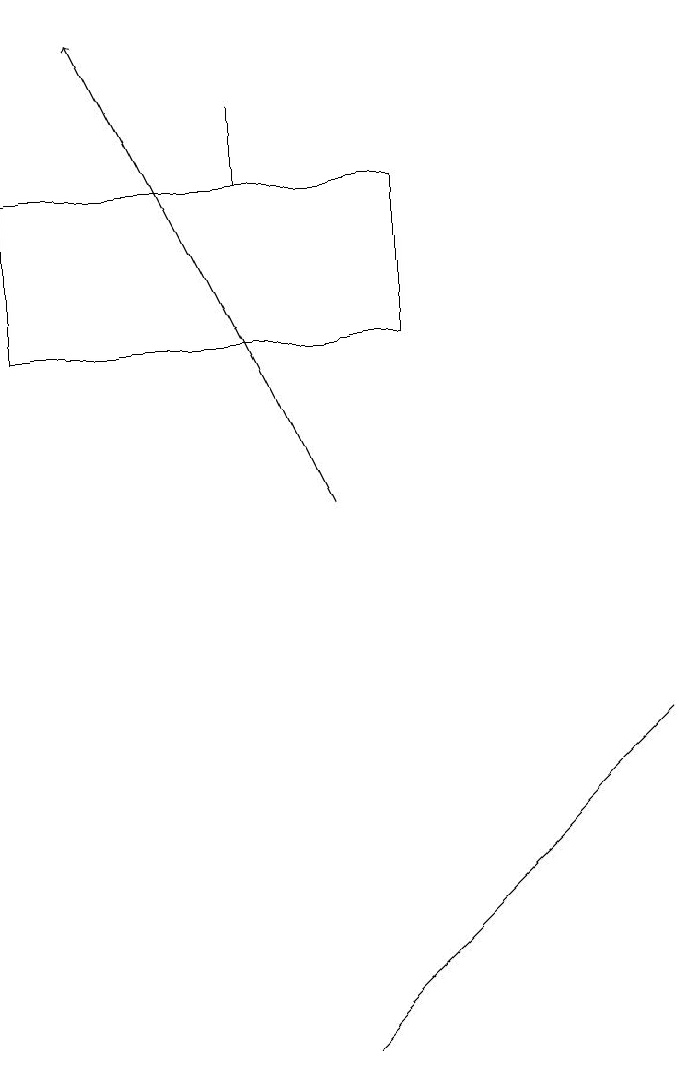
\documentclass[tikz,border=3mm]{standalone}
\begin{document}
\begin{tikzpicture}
\draw (7,7) -- (8,8) -- (4,4) -- cycle;
\draw[->] (4,11) -- (1,17);
\draw (0,15) rectangle (5,13);
\draw (3,15) rectangle (3,16);
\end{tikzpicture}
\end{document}